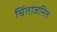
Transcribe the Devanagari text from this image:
चिंताजनित